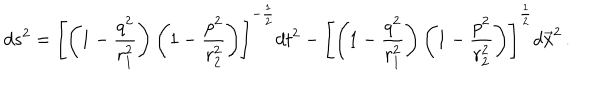
d s ^ { 2 } = \left[ \left( 1 - \frac { q ^ { 2 } } { r _ { 1 } ^ { 2 } } \right) \left( 1 - \frac { p ^ { 2 } } { r _ { 2 } ^ { 2 } } \right) \right] ^ { - \frac { 1 } { 2 } } d t ^ { 2 } - \left[ \left( 1 - \frac { q ^ { 2 } } { r _ { 1 } ^ { 2 } } \right) \left( 1 - \frac { p ^ { 2 } } { r _ { 2 } ^ { 2 } } \right) \right] ^ { \frac { 1 } { 2 } } d \vec { x } ^ { 2 } \, .